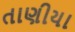
તાણીયા